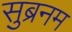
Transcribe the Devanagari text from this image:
सुब्रनम